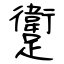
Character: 躗